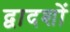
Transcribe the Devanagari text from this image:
द्वादशों